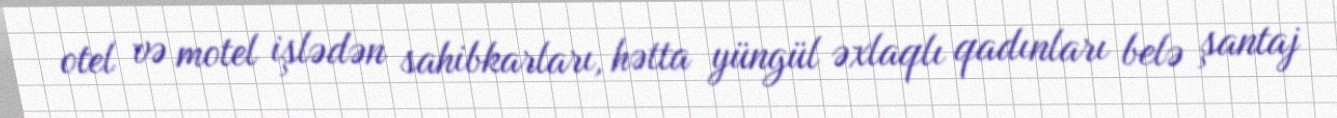
otel və motel işlədən sahibkarları, hətta yüngül əxlaqlı qadınları belə şantaj